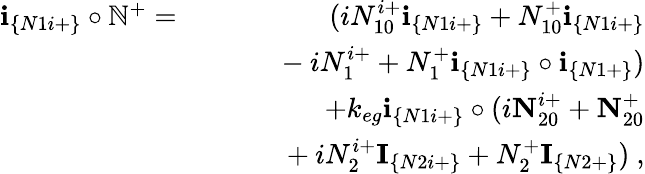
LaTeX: \begin{array}{rlr}{\textbf{i}_{\{ N1i+\} }\circ\mathbb{N}^{+}=}&{}&{(iN_{10}^{i+}\textbf{i}_{\{ N1i+\} }+N_{10}^{+}\textbf{i}_{\{ N1i+\} }}\\ &{}&{~~~~~~-iN_{1}^{i+}+N_{1}^{+}\textbf{i}_{\{ N1i+\} }\circ\textbf{i}_{\{ N1+\} })}\\ &{}&{+k_{eg}\textbf{i}_{\{ N1i+\} }\circ(i\textbf{N}_{20}^{i+}+\textbf{N}_{20}^{+}}\\ &{}&{~~~~~~+iN_{2}^{i+}\textbf{I}_{\{ N2i+\} }+N_{2}^{+}\textbf{I}_{\{ N2+\} })~,}\end{array}